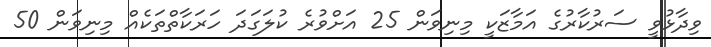
ވިދާޅުވީ ސަރުކާރުގެ އަމާޒަކީ މިނިވަން 25 އަށްވުރެ ކުލަގަދަ ހަރަކާތްތަކެއް މިނިވަން 50